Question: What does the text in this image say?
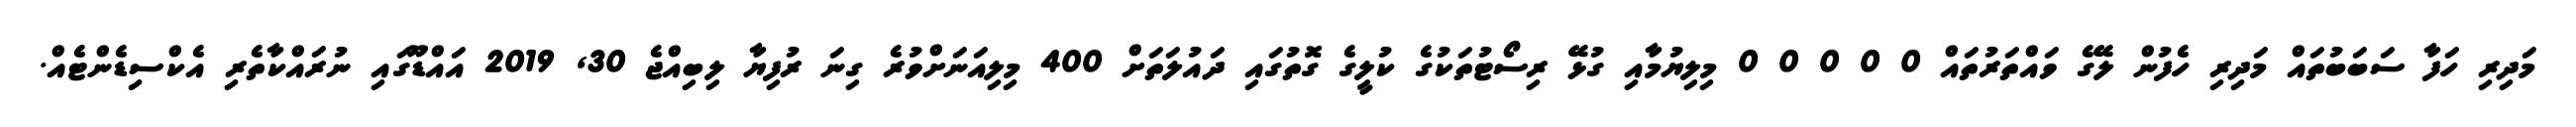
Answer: މަދިރި ހަފާ ސަބަބުތައް މަދިރި ހެފުން ލޭގެ ވައްތަރުތައް 0 0 0 0 0 މިލިޔުމާއި ގުޅޭ ރިސޯޓުތަކުގެ ކުލީގެ ގޮތުގައި ދައުލަތަށް 400 މިލިއަނަށްވުރެ ގިނަ ރުފިޔާ ލިބިއްޖެ 30, 2019 އައްޑޫގައި ނުރައްކާތެރި އެކްސިޑެންޓެއް.